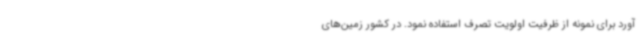
آورد برای نمونه از ظرفیت اولویت تصرف استفاده نمود. در کشور زمین‌های